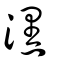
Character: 潶